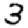
Digit: 3